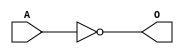
module ACINVB(A, O);
input   A;
output  O;
not g0(O, A);
endmodule